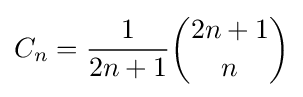
C_{n}={\frac {1}{2n+1}}{2n+1 \choose n}